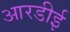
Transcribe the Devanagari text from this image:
आरडीई